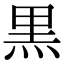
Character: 黒